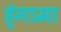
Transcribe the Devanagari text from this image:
ह्ंगामा